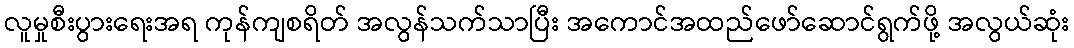
လူမှုစီးပွားရေးအရ ကုန်ကျစရိတ် အလွန်သက်သာပြီး အကောင်အထည်ဖော်ဆောင်ရွက်ဖို့ အလွယ်ဆုံး